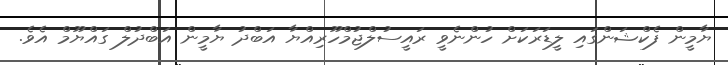
ޔާމީން ފެކްޝަންގައި ލީޑަރަކަށް ހުންނެވީ ރައީސުލްޖުމްހޫރިއްޔާ އަބްދު ޔާމީން އަބްދުލް ގައްޔޫމް އެވެ.